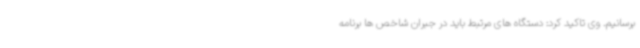
برسانیم. وی تاکید کرد: دستگاه های مرتبط باید در جبران شاخص ها برنامه